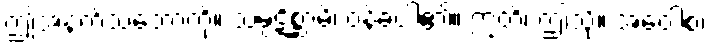
ဤအနက်သဘောကို။ သမ္ပဋိစ္ဆာမိ၊ ဝန်ခံပါ၏။ ဣတိ၊ ဤသို့။ အဝေါစ၊